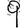
Digit: 9